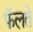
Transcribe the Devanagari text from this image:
फॅलते